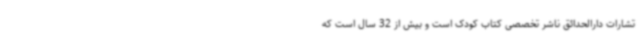
تشارات دارالحدائق ناشر تخصصی کتاب کودک است و بیش از 32 سال است که